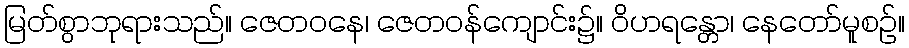
မြတ်စွာဘုရားသည်။ ဇေတဝနေ၊ ဇေတဝန်ကျောင်း၌။ ဝိဟရန္တော၊ နေတော်မူစဉ်။